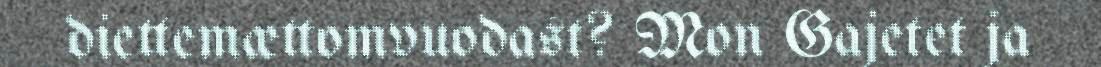
diettemættomvuodast? Mon Gajetet ja